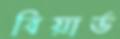
বিয়ার্ড